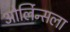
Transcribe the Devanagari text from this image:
ओर्लिन्सला